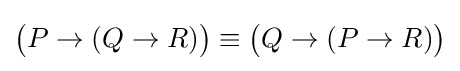
{\big (}P\to (Q\to R){\big )}\equiv {\big (}Q\to (P\to R){\big )}